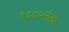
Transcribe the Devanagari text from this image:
१८८०नंतर